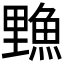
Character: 𫙣